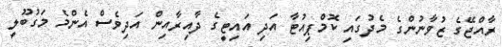
ރާއްޖޭގެ ޒުވާނުންގެ މެދުގައި ކޮމްޕިއުޓާ އަދި އައިޓީގެ ދާއިރާއިން އަދިވެސް އެންމެ މަގުބޫލީ